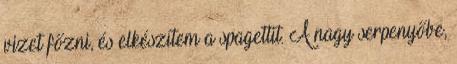
vizet főzni, és elkészítem a spagettit. A nagy serpenyőbe,